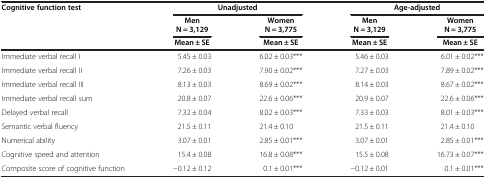
| <ROWSPAN=3> Cognitive function test | <COLSPAN=2> Unadjusted | <COLSPAN=2> Age-adjusted |
 | Men N = 3,129 | Women N = 3,775 | Men N = 3,129 | Women N = 3,775 |
 | Mean ± SE | Mean ± SE | Mean ± SE | Mean ± SE |
 | --- | --- | --- | --- | --- |
 | Immediate verbal recall I | 5.45 ± 0.03 | 6.02 ± 0.03*** | 5.46 ± 0.03 | 6.01 ± 0.02*** |
 | Immediate verbal recall II | 7.26 ± 0.03 | 7.90 ± 0.02*** | 7.27 ± 0.03 | 7.89 ± 0.02*** |
 | Immediate verbal recall III | 8.13 ± 0.03 | 8.69 ± 0.02*** | 8.14 ± 0.03 | 8.67 ± 0.02*** |
 | Immediate verbal recall sum | 20.8 ± 0.07 | 22.6 ± 0.06*** | 20.9 ± 0.07 | 22.6 ± 0.06*** |
 | Delayed verbal recall | 7.32 ± 0.04 | 8.02 ± 0.03*** | 7.33 ± 0.03 | 8.01 ± 0.03*** |
 | Semantic verbal fluency | 21.5 ± 0.11 | 21.4 ± 0.10 | 21.5 ± 0.11 | 21.4 ± 0.10 |
 | Numerical ability | 3.07 ± 0.01 | 2.85 ± 0.01*** | 3.07 ± 0.01 | 2.85 ± 0.01*** |
 | Cognitive speed and attention | 15.4 ± 0.08 | 16.8 ± 0.08*** | 15.5 ± 0.08 | 16.73 ± 0.07*** |
 | Composite score of cognitive function | −0.12 ± 0.12 | 0.1 ± 0.01*** | −0.12 ± 0.01 | 0.1 ± 0.01*** |